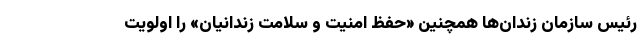
رئیس سازمان زندان‌ها همچنین «حفظ امنیت و سلامت زندانیان» را اولویت